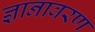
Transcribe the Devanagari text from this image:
ज्ञानावरण